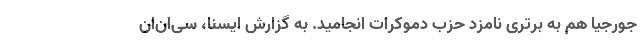
جورجیا هم به برتری نامزد حزب دموکرات انجامید. به گزارش ایسنا، سی‌ان‌ان